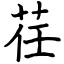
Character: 荏